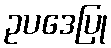
ဥပဒေပြု